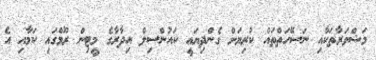
މަޝްވަރާތަކާއި ނަސޭހަތްތައް ކުރިޔަށް ގެންދިޔައީ ކައުންސިލް އިދާރާގެ މީޓިން ރޫމްގައި ކަމާއި އެ